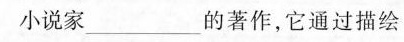
小说家___的著作，它通过描绘